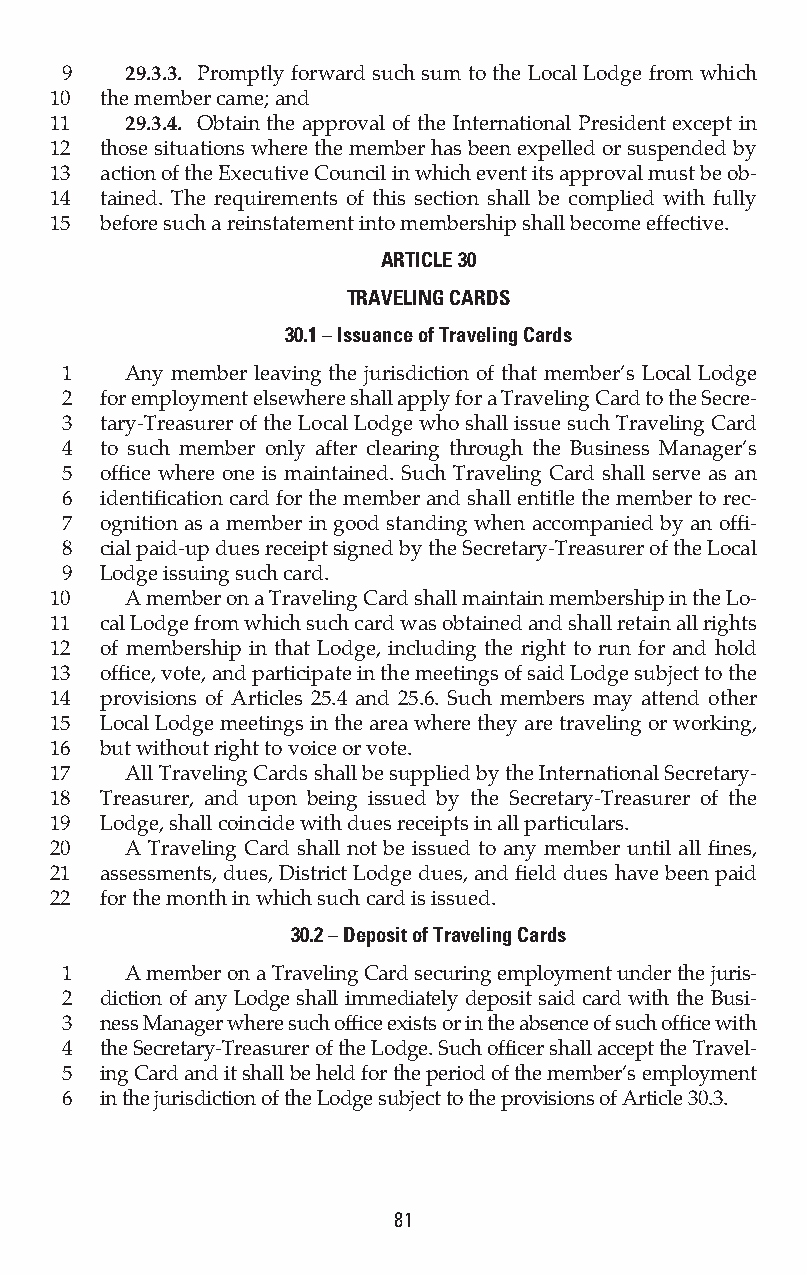
9   29.3.3. Promptly forward such sum to the Local Lodge from which
 10  the member came; and
 11   29.3.4. Obtain the approval of the International President except in
 12  those situations where the member has been expelled or suspended by
 13  action of the Executive Council in which event its approval must be ob-
 14  tained. The requirements of this section shall be complied with fully
 15  before such a reinstatement into membership shall become effective.
 ARTICLE 30
 TRAVELING CARDS
 30.1 – Issuance of Traveling Cards
 1   Any member leaving the jurisdiction of that member’s Local Lodge
 2  for employment elsewhere shall apply for a Traveling Card to the Secre-
 3  tary-Treasurer of the Local Lodge who shall issue such Traveling Card
 4  to such member only after clearing through the Business Manager’s
 5  office where one is maintained. Such Traveling Card shall serve as an
 6  identification card for the member and shall entitle the member to rec-
 7  ognition as a member in good standing when accompanied by an offi-
 8  cial paid-up dues receipt signed by the Secretary-Treasurer of the Local
 9  Lodge issuing such card.
 10   A member on a Traveling Card shall maintain membership in the Lo-
 11  cal Lodge from which such card was obtained and shall retain all rights
 12  of membership in that Lodge, including the right to run for and hold
 13  office, vote, and participate in the meetings of said Lodge subject to the
 14  provisions of Articles 25.4 and 25.6. Such members may attend other
 15  Local Lodge meetings in the area where they are traveling or working,
 16  but without right to voice or vote.
 17   All Traveling Cards shall be supplied by the International Secretary-
 18  Treasurer, and upon being issued by the Secretary-Treasurer of the
 19  Lodge, shall coincide with dues receipts in all particulars.
 20   A Traveling Card shall not be issued to any member until all fines,
 21  assessments, dues, District Lodge dues, and field dues have been paid
 22  for the month in which such card is issued.
 30.2 – Deposit of Traveling Cards
 1   A member on a Traveling Card securing employment under the juris-
 2  diction of any Lodge shall immediately deposit said card with the Busi-
 3  ness Manager where such office exists or in the absence of such office with
 4  the Secretary-Treasurer of the Lodge. Such officer shall accept the Travel-
 5  ing Card and it shall be held for the period of the member’s employment
 6  in the jurisdiction of the Lodge subject to the provisions of Article 30.3.
 81